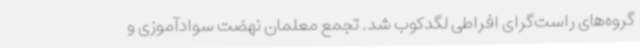
گروه‌های راست‌گرای افراطی لگدکوب شد. تجمع معلمان نهضت سوادآموزی و